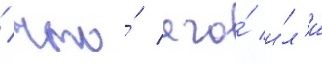
/ что́ его́ и́л'и